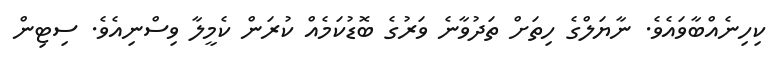
ކިހިނެއްބާވައެވެ. ނާޔަލްގެ ހިތަށް ތަދުވާނެ ވަރުގެ ބޮޑުކަމެއް ކުރަން ކެމީލާ ވިސްނިއެވެ. ސިޓިން